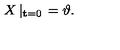
X \left| _ { { \bf t } = 0 } \right. = \mathrm { \boldmath \vartheta } .